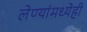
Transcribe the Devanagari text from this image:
लेण्यांमध्येही